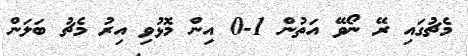
މެޗުގައި ރޭ ނޯވޭ އަތުން 1-0 އިން މޮޅުވި އިރު މެޗު ބަލަން